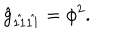
\hat { g } _ { \hat { 1 1 } \hat { 1 1 } } = \phi ^ { 2 } .